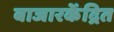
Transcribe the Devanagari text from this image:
बाजारकेंद्रित